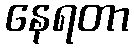
နေရတာ